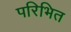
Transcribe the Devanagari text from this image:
परिभित